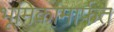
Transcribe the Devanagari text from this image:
भूमिकांमार्फत